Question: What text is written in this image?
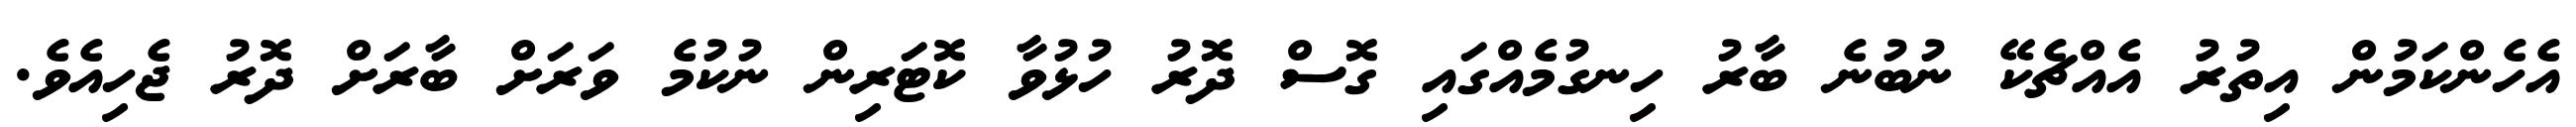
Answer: އެހެންކަމުން އިތުރު އެއްޗެކޭ ނުބުނެ ބާރު ހިނގުމެއްގައި ގޮސް ދޮރު ހުޅުވާ ކޮޓަރިން ނުކުމެ ވަރަށް ބާރަށް ދޮރު ޖެހިއެވެ.